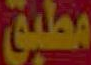
مطبق